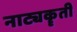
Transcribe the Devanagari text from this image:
नाट्यकॄती